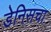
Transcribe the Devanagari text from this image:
डेनिसचा